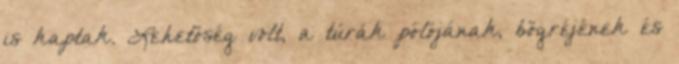
is kaptak. Lehetőség volt, a túrák pólójának, bögréjének és